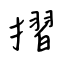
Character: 摺